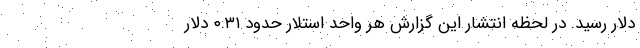
دلار رسید. در لحظه انتشار این گزارش هر واحد استلار حدود ۰.۳۱ دلار